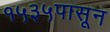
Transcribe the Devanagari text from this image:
१५३५पासून